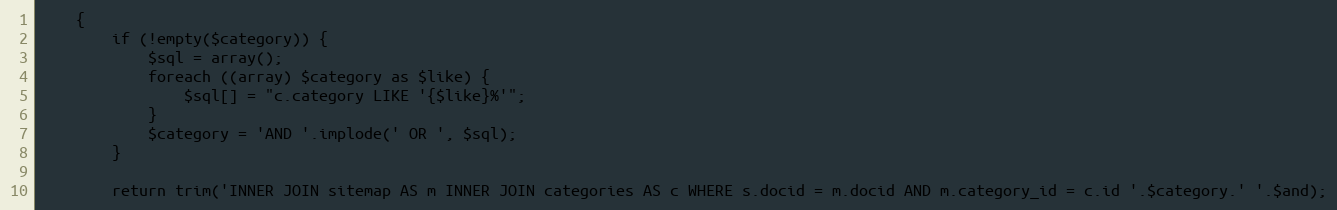
Language: PHP
    {
        if (!empty($category)) {
            $sql = array();
            foreach ((array) $category as $like) {
                $sql[] = "c.category LIKE '{$like}%'";
            }
            $category = 'AND '.implode(' OR ', $sql);
        }

        return trim('INNER JOIN sitemap AS m INNER JOIN categories AS c WHERE s.docid = m.docid AND m.category_id = c.id '.$category.' '.$and);